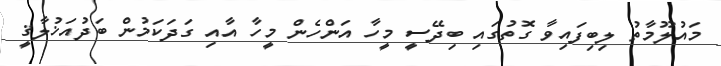
މައުލޫމާތު ލިބިފައިވާ ގޮތުގައި ބިދޭސީ މީހާ އަންހެން މީހާ އާއި ގަދަކަމުން ބަދުއަޚުލާޤީ